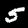
Digit: 5